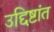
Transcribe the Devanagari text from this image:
उद्दिष्टांत